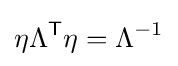
\eta \Lambda ^{\mathsf {T}}\eta =\Lambda ^{-1}